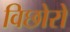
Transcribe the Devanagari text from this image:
विछोरो